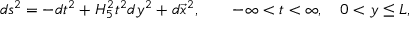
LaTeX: d s ^ { 2 } = - d t ^ { 2 } + H _ { 5 } ^ { 2 } t ^ { 2 } d y ^ { 2 } + d \vec { x } ^ { 2 } , \qquad - \infty < t < \infty , \quad 0 < y \leq L ,